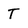
Character: T